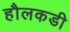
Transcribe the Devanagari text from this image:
हौलकडी